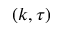
( k , \tau )